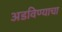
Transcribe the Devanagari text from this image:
अडविण्याचा